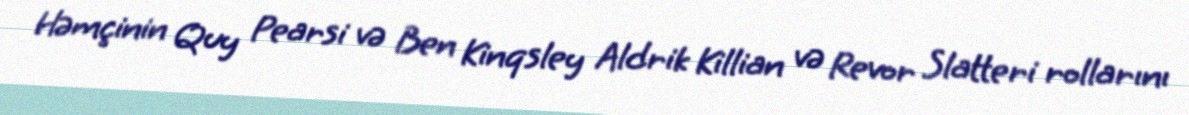
Həmçinin Quy Pearsi və Ben Kinqsley Aldrik Killian və Revor Slatteri rollarını